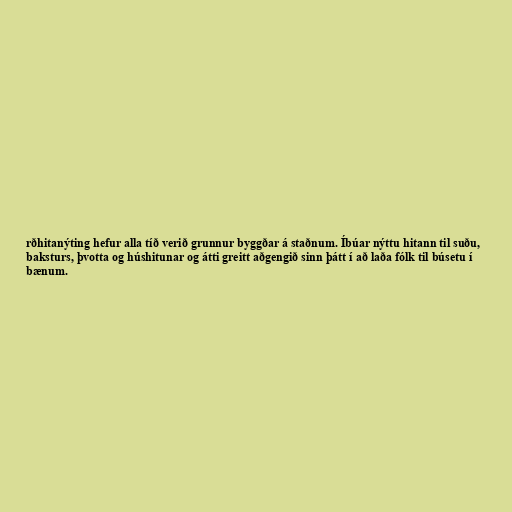
rðhitanýting hefur alla tíð verið grunnur byggðar á staðnum. Íbúar nýttu hitann til suðu,
baksturs, þvotta og húshitunar og átti greitt aðgengið sinn þátt í að laða fólk til búsetu í
bænum.